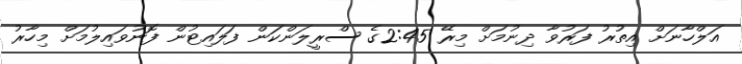
އަލްހާނަށް އިތުރު ފަރުވާ ދިނުމަށް މިރޭ 2:45ގެ ސްރީލަންކަން ފަލައިޓުން ފޮނުވައިލުމަށް މިހާރު